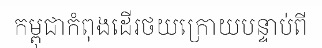
កម្ពុជាកំពុងដើរថយក្រោយបន្ទាប់ពី